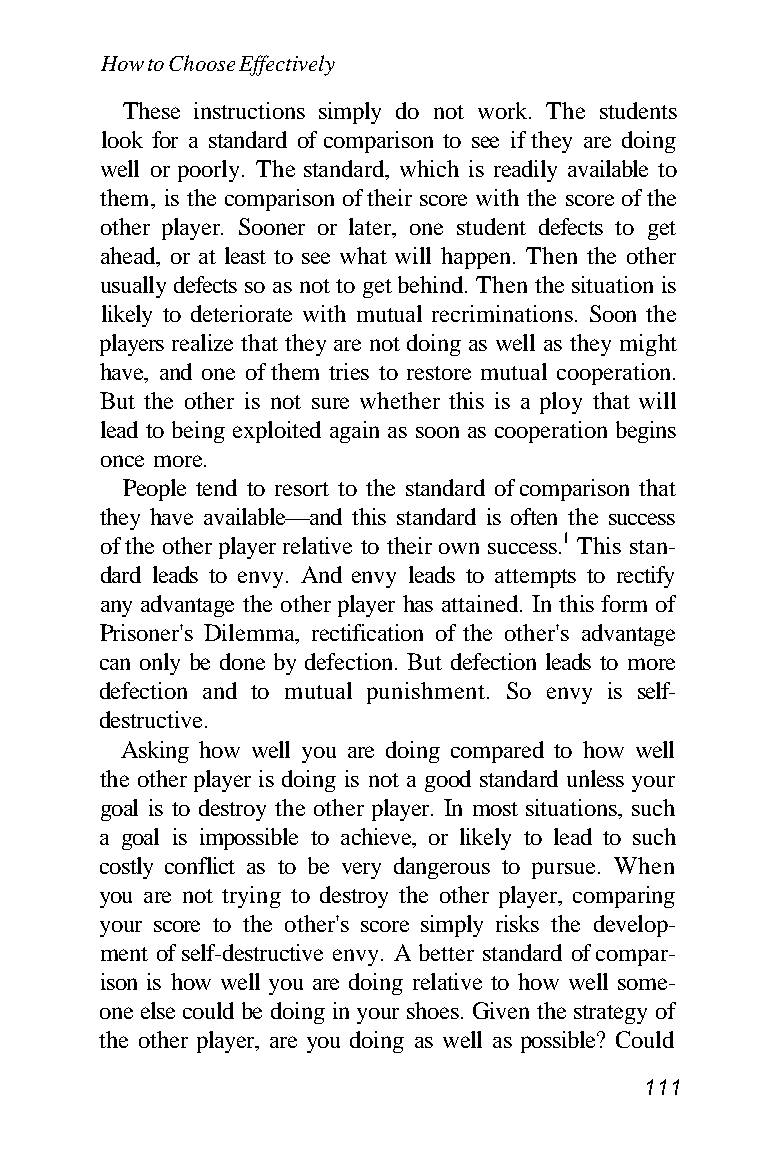
How to Choose Effectively
 These instructions simply do not work. The students
 look for a standard of comparison to see if they are doing
 well or poorly. The standard, which is readily available to
 them, is the comparison of their score with the score of the
 other player. Sooner or later, one student defects to get
 ahead, or at least to see what will happen. Then the other
 usually defects so as not to get behind. Then the situation is
 likely to deteriorate with mutual recriminations. Soon the
 players realize that they are not doing as well as they might
 have, and one of them tries to restore mutual cooperation.
 But the other is not sure whether this is a ploy that will
 lead to being exploited again as soon as cooperation begins
 once more.
 People tend to resort to the standard of comparison that
 they have available—and this standard is often the success
 of the other player relative to their own success.1 This stan-
 dard leads to envy. And envy leads to attempts to rectify
 any advantage the other player has attained. In this form of
 Prisoner's Dilemma, rectification of the other's advantage
 can only be done by defection. But defection leads to more
 defection and to mutual punishment. So envy is self-
 destructive.
 Asking how well you are doing compared to how well
 the other player is doing is not a good standard unless your
 goal is to destroy the other player. In most situations, such
 a goal is impossible to achieve, or likely to lead to such
 costly conflict as to be very dangerous to pursue. When
 you are not trying to destroy the other player, comparing
 your score to the other's score simply risks the develop-
 ment of self-destructive envy. A better standard of compar-
 ison is how well you are doing relative to how well some-
 one else could be doing in your shoes. Given the strategy of
 the other player, are you doing as well as possible? Could
 111